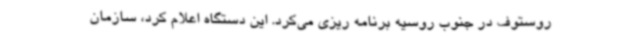
روستوف در جنوب روسیه برنامه ریزی می‌کرد. این دستگاه اعلام کرد، سازمان